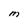
Character: M